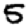
Digit: 5